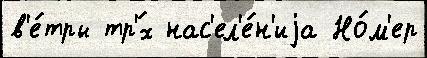
в'е́тры тр'́х нас'ел'е́н'иjа Но́м'ер